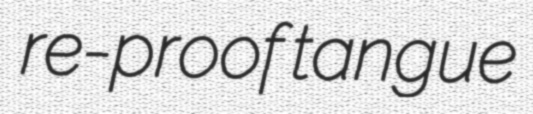
re-proof tangue